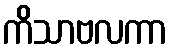
ကိသာဗလကာ